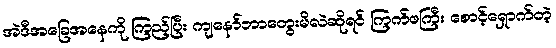
အဲဒီအခြေအနေကို ကြည့်ပြီး ကျနော်ဘာတွေးမိလဲဆိုရင် ကြက်ဖကြီး စောင့်ရှောက်တဲ့